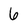
Character: 6